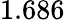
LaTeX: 1.686